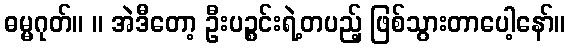
ဓမ္မဂုတ်။ ။ အဲဒီတော့ ဦးပဉ္စင်းရဲ့တပည့် ဖြစ်သွားတာပေါ့နော်။